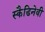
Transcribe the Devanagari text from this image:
स्कैडिनेवी